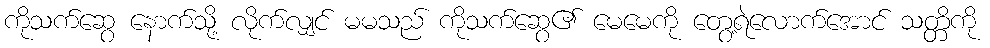
ကိုသက်ဆွေ နောက်သို့ လိုက်လျှင် မမသည် ကိုသက်ဆွေ၏ မေမေကို တွေ့ရဲလောက်အောင် သတ္တိကို